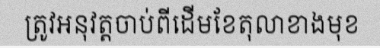
ត្រូវអនុវត្តចាប់ពីដើមខែតុលាខាងមុខ